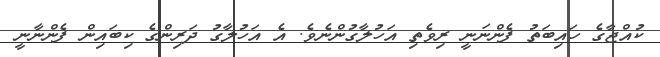
ކުއްޖާގެ ހައިބަތު ފެންނަނީ ރިވެތި އަހުލާގުންނެވެ. އެ އަހުލާގު ދަރިންގެ ކިބައިން ފެންނާނީ